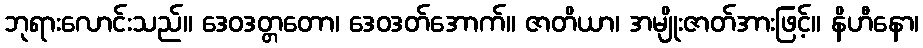
ဘုရားလောင်းသည်။ ဒေဝဒတ္တတော၊ ဒေဝဒတ်အောက်။ ဇာတိယာ၊ အမျိုးဇာတ်အားဖြင့်။ နိဟီနော၊